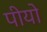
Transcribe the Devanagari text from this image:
पीयो